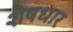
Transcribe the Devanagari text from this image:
शेषधार